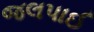
જલપાઈ